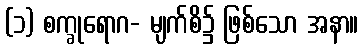
(၁) စက္ခုရောဂ- မျက်စိ၌ ဖြစ်သော အနာ။